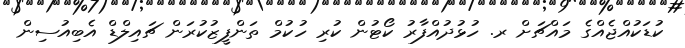
ކުޑަކުއްޖެއްގެ މައްޗަށް ރ. ހުޅުދުއްފާރު ކޯޓުން ކުރި ހުކުމް ތަންފީޒުކުރަން ޗައިލްޑް އެބިއުސިން